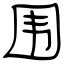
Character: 围